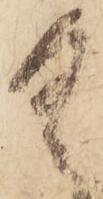
具